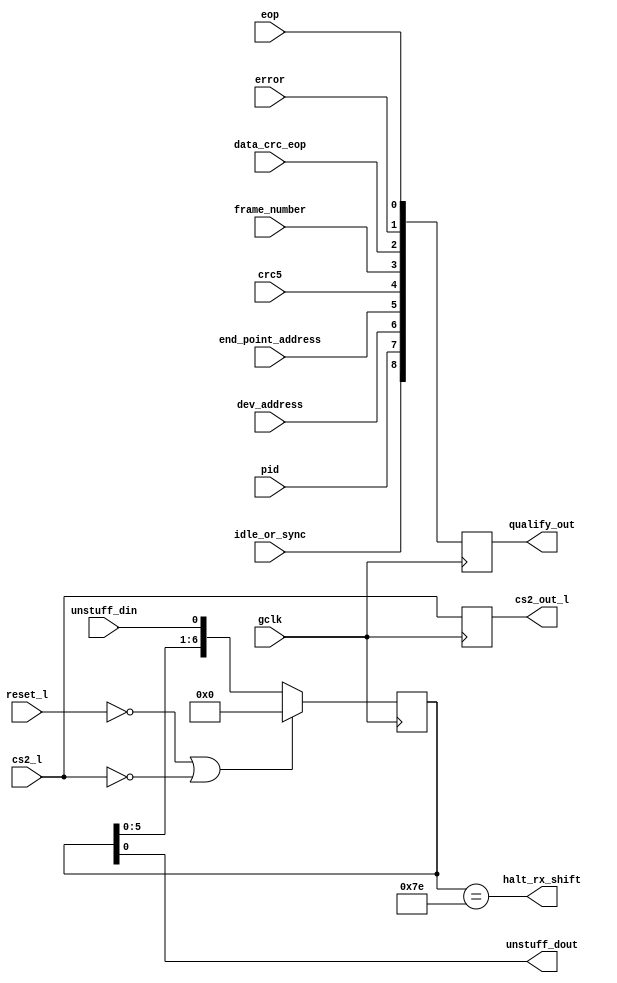
`timescale 1ns / 10ps
/*==========================================================================*/
//	 project: USB Serial Interface Engine (SIE)
//	  course: COEN303
//    Instructor: Dr. Yacoub M. El-Zig
//  
//	function: unstuff stuffed bits for receive data
// 
/*==========================================================================*/
//note: The 1 in sync pattern should count as the first 1 in a sequence.
/*                   ----------------- 
 gclk-------------->|               |
 reset------------->|               |--->halt_tx_shift
                    |bit unstuffing |---> unstuff_dout 
  unstuff_din------>| for receive   |-->cs2_out_l 
 cs2_l------------->| data          |   
                    ---------------- 
input
cs2_l=rx.data_vaid
unstuff_din=rxdata.out
cs2_out_l

output
halt_rx_shift=           
unstuff_dout=ird1
cs2_out_l=rsc2 
*/ 
 

module bit_unstuff(gclk, reset_l, unstuff_din, halt_rx_shift, 
        	unstuff_dout, cs2_l,cs2_out_l,idle_or_sync,pid,dev_address,end_point_address,crc5,frame_number,data_crc_eop ,error,eop,qualify_out); 

input gclk;               	//global clock; 12 Mhz
input reset_l;              	//system reset; global; active low
input unstuff_din;		//data to be stuffed 0
input  cs2_l;
input  idle_or_sync,pid,dev_address,end_point_address,crc5,frame_number,data_crc_eop ,error,eop;  
output cs2_out_l;
output halt_rx_shift;		//halt rx data shifter while stuffing 0
output unstuff_dout;		//unstuffed data out
output[8:0]  qualify_out;

wire[8:0]qualify ={idle_or_sync,pid,dev_address,end_point_address,crc5,frame_number,data_crc_eop ,error,eop};
wire halt_rx_shift;
reg [6:0] data_shift;		//shift register to detect six consecutive 1's
reg cs2_out_l;
reg [8:0] qualify_out;
// reg qualify_out;

always@(posedge gclk)
   begin
   cs2_out_l <=  #1 cs2_l; 
   // QY qualify_out[8:0] <= #1 qualify;
   qualify_out[8:0] <= qualify[8:0];
   end

always @(posedge gclk)
  if (!reset_l||!cs2_l)
     begin
       data_shift <=  7'h00;
    end
//  else if (unstuff_din == 7'b111_1110)		//unstuff a 0
//     begin
//       data_shift <=  {data_shift[6:1], unstuff_din };
//     end
  else
     data_shift <=  {data_shift[5:0], unstuff_din};

assign unstuff_dout =  data_shift[0];
 assign halt_rx_shift =  (data_shift == 7'b111_1110);


endmodule